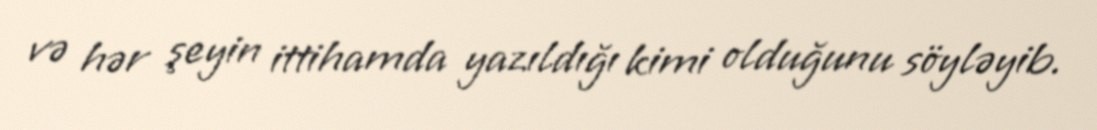
və hər şeyin ittihamda yazıldığı kimi olduğunu söyləyib.